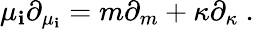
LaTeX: \mu_{\mathbf{i}}\partial_{\mu_{\mathbf{i}}}=m\partial_{m}+\kappa\partial_{\kappa}\ .